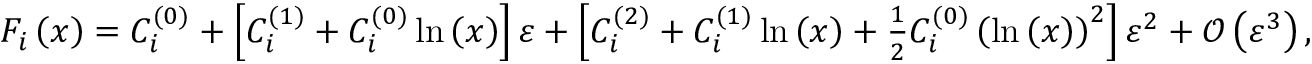
\begin{array} { r } { F _ { i } \left( x \right) = C _ { i } ^ { ( 0 ) } + \left[ C _ { i } ^ { ( 1 ) } + C _ { i } ^ { ( 0 ) } \ln \left( x \right) \right] \varepsilon + \left[ C _ { i } ^ { ( 2 ) } + C _ { i } ^ { ( 1 ) } \ln \left( x \right) + \frac { 1 } { 2 } C _ { i } ^ { ( 0 ) } \left( \ln \left( x \right) \right) ^ { 2 } \right] \varepsilon ^ { 2 } + { \mathcal O } \left( \varepsilon ^ { 3 } \right) , } \end{array}